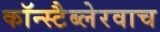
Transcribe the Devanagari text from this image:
कॉन्स्टैब्लेरवाच